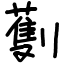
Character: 劐